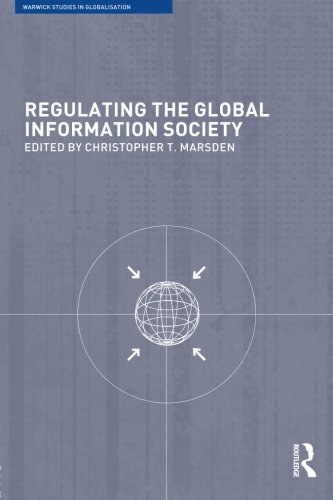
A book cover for Regulating the Global Information Society (Warwick Studies in Globalisation); Law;